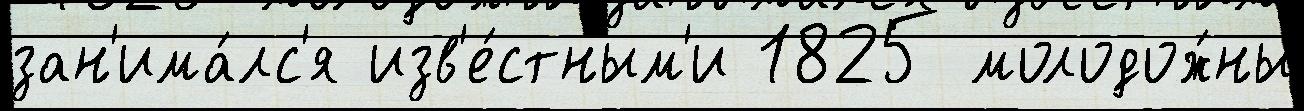
зан'има́лс'я изв'е́стным'и 1825 молодож́ны